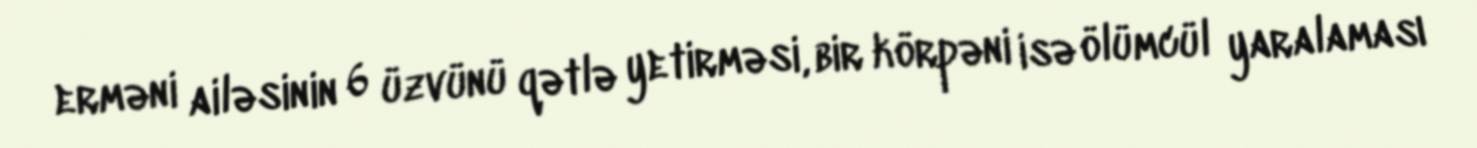
erməni ailəsinin 6 üzvünü qətlə yetirməsi, bir körpəni isə ölümcül yaralaması